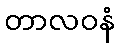
တာလဝနံ